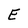
Character: E